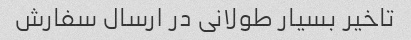
تاخیر بسیار طولانی در ارسال سفارش